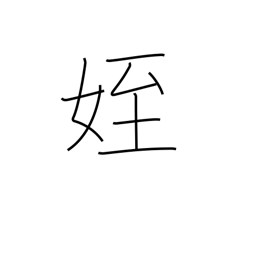
Meaning: niece